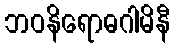
ဘဝနိရောဓဂါမိနီ